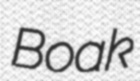
Boak